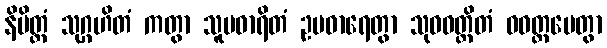
နိမိတ္တံ သုဂ္ဂဟိတံ ကတွာ သူပဓာရိတံ ဥပဓာရေတွာ သုဝဝတ္ထိတံ ဝဝတ္ထပေတွာ